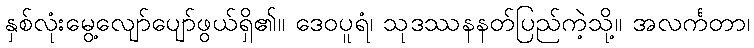
နှစ်လုံးမွေ့လျော်ပျော်ဖွယ်ရှိ၏။ ဒေဝပူရံ၊ သုဒဿနနတ်ပြည်ကဲ့သို့။ အလင်္ကတာ၊